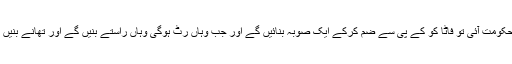
سابق صدر نے کہا کہ پیپلز پارٹی کی حکومت آئی تو فاٹا کو کے پی سے ضم کرکے ایک صوبہ بنائیں گے اور جب وہاں رٹ ہوگی وہاں راستے بنیں گے اور تھانے بنیں گے تو خانہ جنگی بھی کم ہوجائے گی۔